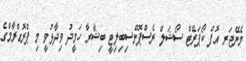
މެނޭޖަރ އޮފް ކޯޕަރޭޓް ސޯޝަލް ރެސްޕޮންސިބިލިޓީ ބިޝާރާ ހަމީދު ވިދާޅުވީ މި ޕްރޮގްރާމްގެ